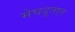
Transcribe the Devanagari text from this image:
मेघदूतात